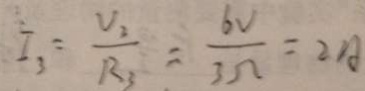
I _ { 3 } = \frac { v _ { 2 } } { R _ { 3 } } = \frac { 6 V } { 3 \Omega } = 2 A